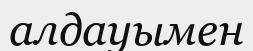
алдауымен